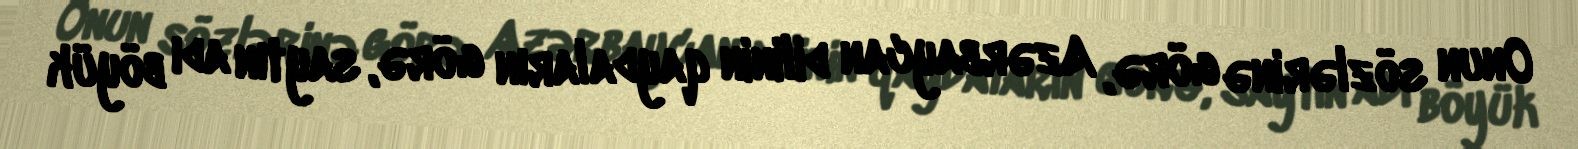
Onun sözlərinə görə, Azərbaycan dilinin qaydaların görə, saytın adı böyük